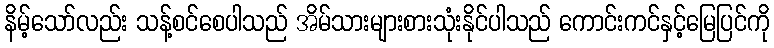
နိမ့်သော်လည်း သန့်စင်စေပါသည် အိမ်သားများစားသုံးနိုင်ပါသည် ကောင်းကင်နှင့်မြေပြင်ကို